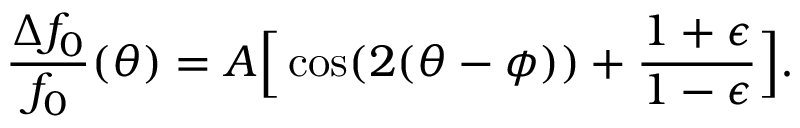
\frac { \Delta f _ { 0 } } { f _ { 0 } } ( \theta ) = A \Big [ \cos ( 2 ( \theta - \phi ) ) + \frac { 1 + \epsilon } { 1 - \epsilon } \Big ] .